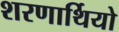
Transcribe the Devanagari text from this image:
शरणार्थियो